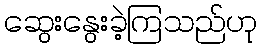
ဆွေးနွေးခဲ့ကြသည်ဟု